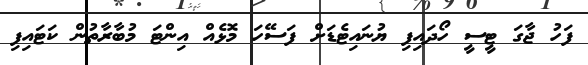
ފަހު ޖާގަ ޓީސީ ހޯދައިފި ޔުނައިޓެޑަށް ފަސޭހަ މޮޅެއް އިންޓަ މުބާރާތުން ކަޓައިފި